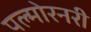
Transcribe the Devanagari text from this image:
पल्मोरनरी